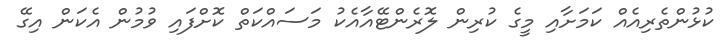
ކުޅުންތެރިއެއް ކަމަށާއި މީގެ ކުރިން ލޮރެންޓޭއާއެކު މަސައްކަތް ކޮށްފައި ވުމުން އެކަން އިގޭ